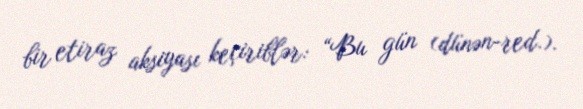
bir etiraz aksiyası keçiriblər: “Bu gün (dünən-red.).